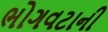
ભોગવટાની